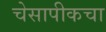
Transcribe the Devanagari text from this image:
चेसापीकचा